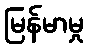
မြန်မာမှု